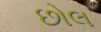
છોલ